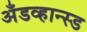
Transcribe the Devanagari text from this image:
अँडव्हान्स्ड